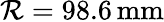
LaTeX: \mathcal{R}=98.6\, \mathrm{{mm}}